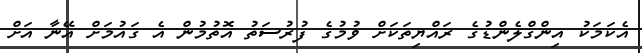
އެކަމަކު އިންގްލެންޑުގެ ރައްޔިތަކަށް ވުމުގެ ފުރުސަތު އޮތުމުން އެ ގައުމަށް އޭނާ އަށް